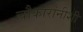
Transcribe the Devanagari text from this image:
चौकारांनीशी